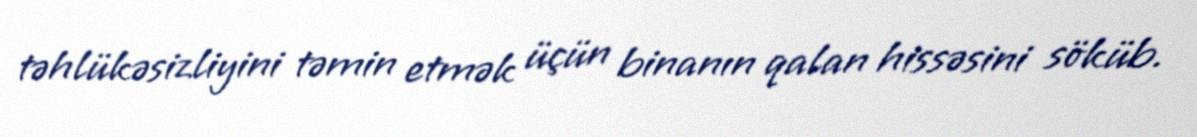
təhlükəsizliyini təmin etmək üçün binanın qalan hissəsini söküb.